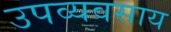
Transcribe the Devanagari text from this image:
उपव्यवसाय